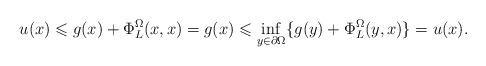
LaTeX: \begin{align*}u(x)\leqslant g(x)+\Phi^{\Omega}_L(x,x)=g(x)\leqslant\inf_{y\in\partial\Omega}\{g(y)+\Phi^{\Omega}_L(y,x)\}=u(x).\end{align*}